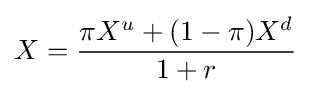
X={\frac {\pi X^{u}+(1-\pi )X^{d}}{1+r}}